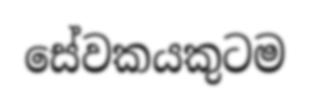
සේවකයකුටම